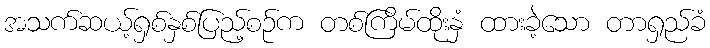
အသက်ဆယ့်ရှစ်နှစ်ပြည့်စဉ်က တစ်ကြိမ်ထိုးနှံ ထားခဲ့သော တာရှည်ခံ